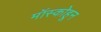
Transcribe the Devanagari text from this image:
मॉस्कोहून